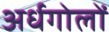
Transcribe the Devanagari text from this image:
अर्धगोलों